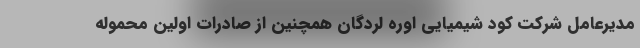
مدیرعامل شرکت کود شیمیایی اوره لردگان همچنین از صادرات اولین محموله